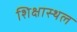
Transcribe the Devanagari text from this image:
शिक्षास्थल